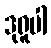
ဒုရူပါ